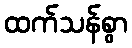
ထက်သန်စွာ